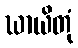
ဃာယိတုံ